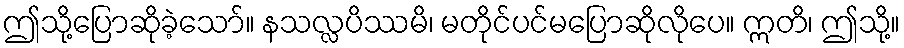
ဤသို့ပြောဆိုခဲ့သော်။ နသလ္လပိဿမိ၊ မတိုင်ပင်မပြောဆိုလိုပေ။ ဣတိ၊ ဤသို့။